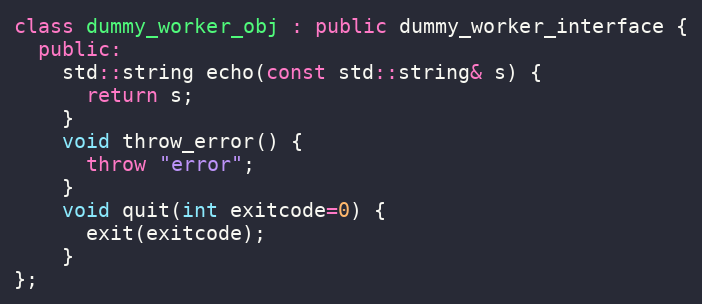
Language: C++
class dummy_worker_obj : public dummy_worker_interface {
  public:
    std::string echo(const std::string& s) {
      return s;
    }
    void throw_error() {
      throw "error";
    }
    void quit(int exitcode=0) {
      exit(exitcode);
    }
};